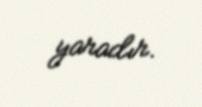
yaradır.